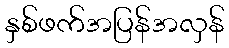
နှစ်ဖက်အပြန်အလှန်